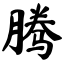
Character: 腾